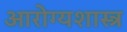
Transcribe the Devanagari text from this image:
आरोग्यशास्त्र